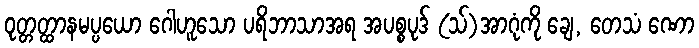
ဝုတ္တတ္ထာနမပ္ပယော ဂေါဟူသော ပရိဘာသာအရ အပစ္စပုဒ် (သ်)အာဂုံကို ချေ, တေသံ ဏော